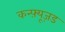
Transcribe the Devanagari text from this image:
कन्फ़्यूज़ड